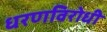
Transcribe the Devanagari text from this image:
धरणविरोधी